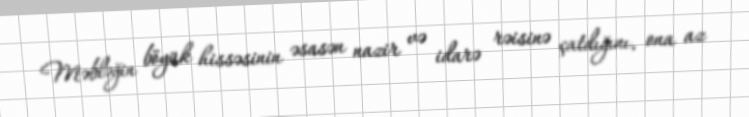
Məbləğin böyük hissəsinin əsasən nazir və idarə rəisinə çatdığını, ona az